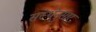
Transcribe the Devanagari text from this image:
संस्थेनुसार